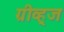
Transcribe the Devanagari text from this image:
ग्रीव्ह्‌ज